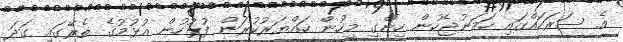
އެ ސަރަހައްގައި ހަމަނުޖެހުން ހިންގި މީހުން ހައްޔަރުކުރަން ފުލުހުން އުޅުމުގެ ތެރޭގައި ގަދަ